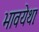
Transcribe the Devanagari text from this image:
भावयेथाः